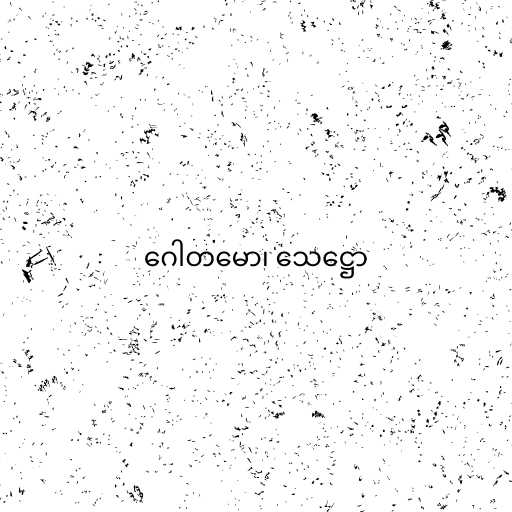
ဂေါတမော၊ သေဋ္ဌော